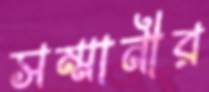
সম্মানীর